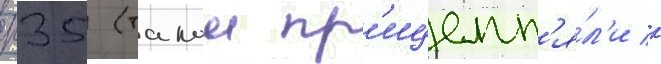
п35 (такои пр'ицепл'я́л'и к